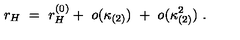
r _ { H } \ = \ r _ { H } ^ { ( 0 ) } + \ o ( \kappa _ { ( 2 ) } ) \ + \ o ( \kappa _ { ( 2 ) } ^ { 2 } ) \ .